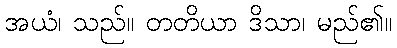
အယံ၊ သည်။ တတိယာ ဒိသာ၊ မည်၏။